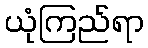
ယုံကြည်ရာ